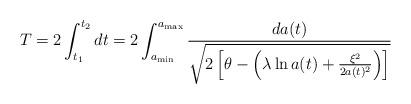
LaTeX: \begin{align*}T=2\int_{t_{1}}^{t_{2}}dt=2\int_{a_{\min}}^{a_{\max}}\frac{da(t)}{\sqrt{2\left[ \theta-\left( \lambda\ln a(t)+\frac{\xi^{2}}{2a(t)^{2}}\right) \right] }}\end{align*}